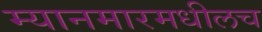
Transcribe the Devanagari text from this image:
म्यानमारमधीलच